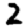
Digit: 2